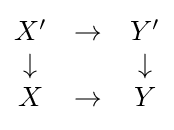
{\begin{matrix}X'&\to &Y'\\\downarrow &&\downarrow \\X&\to &Y\end{matrix}}